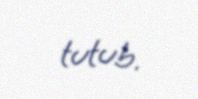
tutub.